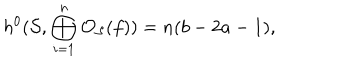
LaTeX: h ^ { 0 } ( { \cal S } , \bigoplus _ { i = 1 } ^ { n } { \cal O } _ { \cal S } ( f ) ) = n ( b - 2 a - 1 ) ,